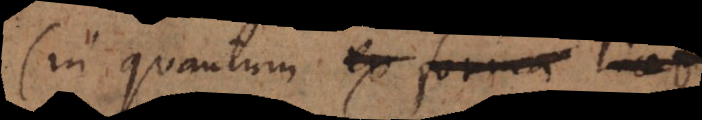
(in quantum id fieri